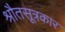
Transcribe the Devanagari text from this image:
श्रौतसूत्रकार